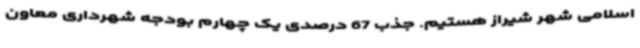
اسلامی شهر شیراز هستیم. جذب 67 درصدی یک چهارم بودجه شهرداری معاون